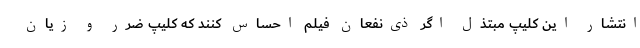
انتشار این کلیپ مبتذل اگر ذی‌نفعان فیلم احساس کنند که کلیپ ضرر و زیان